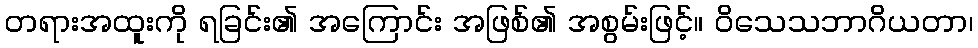
တရားအထူးကို ရခြင်း၏ အကြောင်း အဖြစ်၏ အစွမ်းဖြင့်။ ဝိသေသဘာဂိယတာ၊